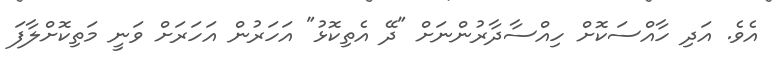
އެވެ. އަދި ހާއްސަކޮށް ހިއްސާދާރުންނަށް "ދޭ އެތިކޮޅު" އަހަރުން އަހަރަށް ވަނީ މަތިކޮށްލާފަ